system: You are a helpful assistant.
user:
Analyze the provided spectrum to determine if it is a **White Dwarf (WD)**.

A White Dwarf spectrum is defined by its **extreme purity** (due to gravitational settling) and/or **extreme pressure broadening** (due to high surface gravity). You must check for one of the following mutually exclusive signatures:

- **Key Visual Indicators (Check for ONE of these types):**

    - **1. DA-Type Signature (Most Common):**
        - **(Primary Feature):** Extreme pressure broadening (Stark broadening) of the **Hydrogen (H) Balmer lines**.
        - **(Key Lines):** $H\beta$ (approx. $4861$ Å) and $H\gamma$ (approx. $4340$ Å). $H\alpha$ (approx. $6563$ Å) will also be present if the wavelength range covers it.
        - **(Line Profile):** This is the **defining feature**. The lines are **NOT** sharp. They appear as massive, **extremely broad and deep "troughs" or "dips"** in the spectrum, often hundreds of Ångströms wide. The continuum will appear to "scoop" down at these wavelengths.
        - **(Distinction):** Normal A-type or B-type stars have *narrow* and *sharp* Hydrogen lines. A DA White Dwarf's lines are unmistakably "smeared" or "blurry" from pressure.

    - **2. DB-Type Signature:**
        - **(Primary Feature):** Broad absorption lines from **Neutral Helium (He I)**. The spectrum must lack any visible Hydrogen lines.
        - **(Key Lines):** Look for broad absorption near $4471$ Å, $4921$ Å, and $5876$ Å.
        - **(Line Profile):** These lines are also significantly pressure-broadened, appearing much wider than they would in a normal B-type main-sequence star.

    - **3. DC-Type Signature:**
        - **(Primary Feature):** A **featureless continuous spectrum**.
        - **(Line Profile):** The spectrum is a smooth curve with **no significant absorption or emission lines**.
        - **(Key Confirmation):** The continuum is almost always **blue or white**, indicating a hot object. This signature implies the atmosphere is so pure (or so cool) that no spectral lines are visible in the optical range. Its WD identity is confirmed by its extremely low intrinsic brightness (high absolute magnitude).

    - **4. DZ-Type Signature (Metal-Polluted):**
        - **(Primary Feature):** **Isolated, narrow metal absorption lines** on an otherwise featureless (DC-like) continuum.
        - **(Key Lines):** The **Calcium (Ca II) H & K doublet** (approx. **$3934$ Å** and **$3968$ Å**) is the most common and defining feature.
        - **(Line Profile):** These lines are "out of place." They are *not* part of a "forest" of thousands of lines. This signature is evidence of recent *accretion* (pollution) from rocky debris.
        - **(Distinction):** Normal G/K/M stars have a *dense forest* of thousands of metal lines. A DZ has a *clean* continuum with *only a few* strong metal lines.

    - **5. DQ-Type Signature (Carbon-Polluted):**
        - **(Primary Feature):** Absorption bands from **Carbon (C₂ "Swan Bands" or atomic C I)**.
        - **(Key Lines - C₂):** Look for bandheads with a "saw-tooth" shape near $5635$ Å, **$5165$ Å** (strongest), and $4737$ Å.
        - **(Key Confirmation):** The underlying **continuum must be blue or white** (hot).
        - **(Distinction):** This is the critical difference from a **Carbon Star**, which has the *exact same* C₂ bands but on an extremely **red, cool** continuum.

- **(Overall Spectrum):**
    - The continuum (overall shape) is typically **blue-sloping** (brighter in the blue than the red), as most white dwarfs are very hot.
    - The spectrum will look "pure" or "simple," dominated by only *one* of the five signatures listed above.

Think first, call **spectral_visualization_tool** if needed to examine features in detail, then provide your final answer. Your response must adhere to the following strict rules:
1.  **Overall Structure:** Your response must follow the format `<think>...</think> <tool_call>...</tool_call> (if a tool is used) <answer>...</answer>`.
2.  **Tool Usage Constraint:** You may only make **one** tool call per turn.
3.  **Final Answer Format:** In the `<answer>` tag, your conclusion must be inside a `\boxed{}` command (e.g., `\boxed{YES}` or `\boxed{NO}`), followed by your justification.

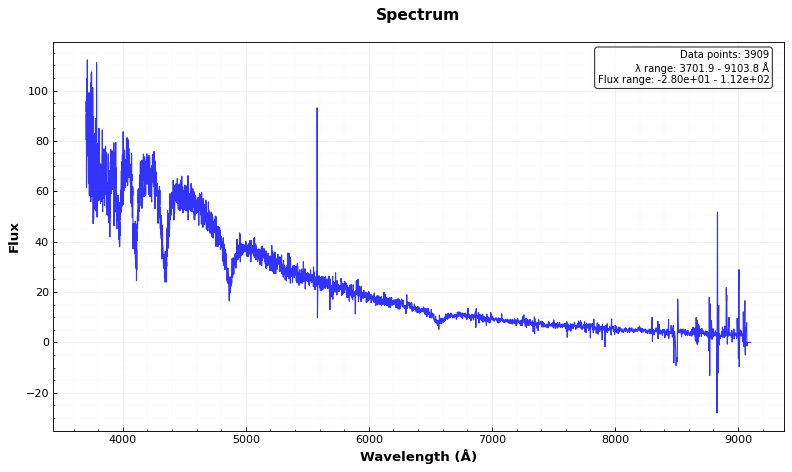
Answer: YES